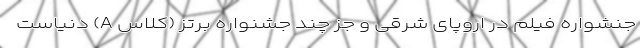
جنشواره فیلم در اروپای شرقی و جز چند جشنواره برتز (کلاس A) دنیاست